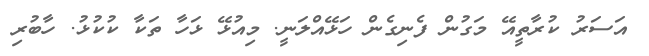
އަސަރު ކުރާތީއޭ މަގުން ފެނިގެން ހަޅޭއްލަނީ. މިއުޅޭ ޅަހާ ތަކާ ކުކުޅު. ހާބުރި